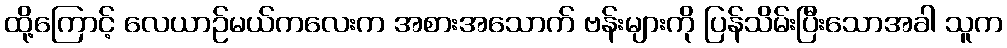
ထို့ကြောင့် လေယာဉ်မယ်ကလေးက အစားအသောက် ဗန်းများကို ပြန်သိမ်းပြီးသောအခါ သူက